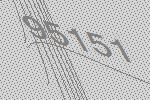
95151